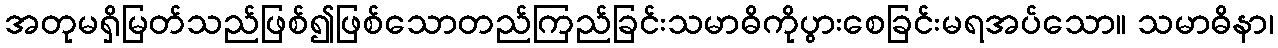
အတုမရှိမြတ်သည်ဖြစ်၍ဖြစ်သောတည်ကြည်ခြင်းသမာဓိကိုပွားစေခြင်းမရအပ်သော။ သမာဓိနာ၊